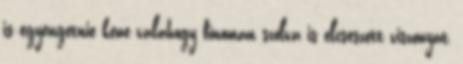
is egyengetnie kéne valahogy finoman szólva is elcseszett viszonyát,